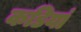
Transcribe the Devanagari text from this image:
कडियां